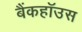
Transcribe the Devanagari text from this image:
बैंकहॉउस